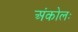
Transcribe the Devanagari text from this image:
अंकोलः